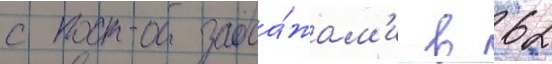
с прода́жам'и в 62